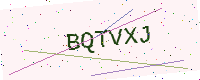
Text: BQTVXJ